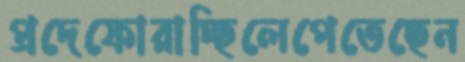
প্রদেফোরাচ্ছিলেপেতেছেন